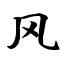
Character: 风